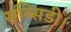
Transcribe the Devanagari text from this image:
सब्सिडी।